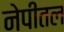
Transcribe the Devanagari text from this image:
नेपीतल